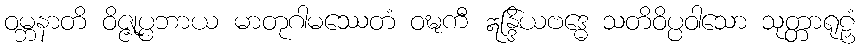
ဝမ္ဘနာတိ ဝိဇ္ဇုပ္ပဘာယ မာတုဂါမဿေတံ ဝဍ္ဎကီ ဣန္ဒြိယဗဒ္ဓေ သတိဝိပ္ပဝါသော သုတ္တာရုဠှံ